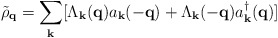
\begin{align*}{\tilde{\rho}}_{ {\bf{q}} } = \sum_{ {\bf{k}} }[\Lambda_{ {\bf{k}} }({\bf{q}}) a_{ {\bf{k}} }(-{\bf{q}}) + \Lambda_{ {\bf{k}} }(-{\bf{q}}) a^{\dagger}_{ {\bf{k}} }({\bf{q}})]\end{align*}